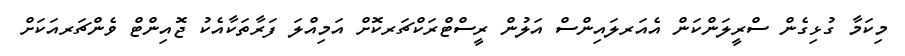
މިކަމާ ގުޅިގެން ސްރީލަންކަން އެއަރލައިންސް އަލުން ރީސްޓްރަކްޗަރކޮށް އަމިއްލަ ފަރާތަކާއެކު ޖޮއިންޓް ވެންޗަރއަކަށް